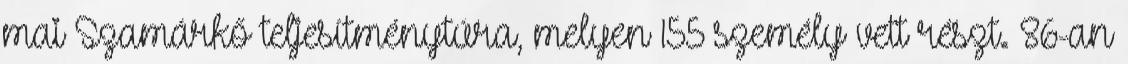
mai Szamárkő teljesítménytúra, melyen 155 személy vett részt. 86-an